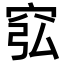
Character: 𥥈